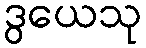
ဒွယေသု